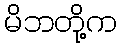
မိဘတို့က